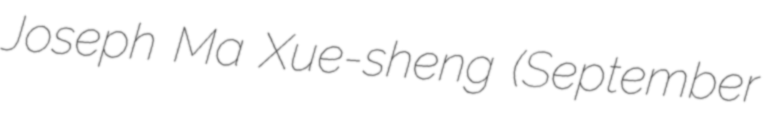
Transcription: Joseph Ma Xue-sheng (September